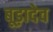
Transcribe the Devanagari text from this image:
बूड़ादेव